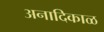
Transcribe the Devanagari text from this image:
अनादिकाळ